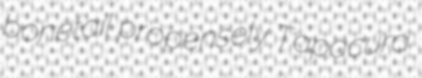
bonetail propensely Tapacura